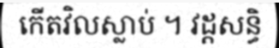
កើតវិលស្លាប់ ។ វដ្តសន្ធិ